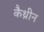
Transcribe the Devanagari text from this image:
कैथ्रीन